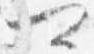
可